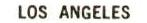
LOS ANGELES